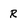
Character: R